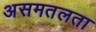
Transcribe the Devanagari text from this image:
असमतलता